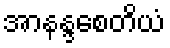
အာနန္ဒစေတိယံ